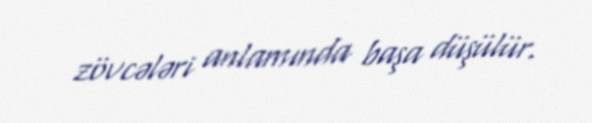
zövcələri anlamında başa düşülür.